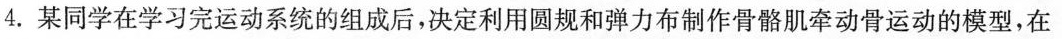
4.某同学在学习完运动系统的组成后，决定利用圆规和弹力布制作骨骼肌牵动骨运动的模型，在